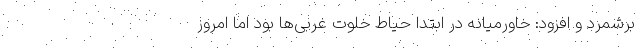
برشمرد و افزود: ‌خاورمیانه در ابتدا حیاط خلوت غربی‌ها بود اما امروز